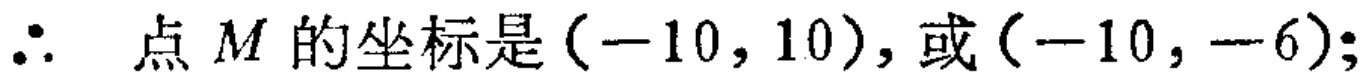
\(\therefore\) 点 \(M\) 的坐标是 \((-10,10)\)，或 \((-10,-6)\);